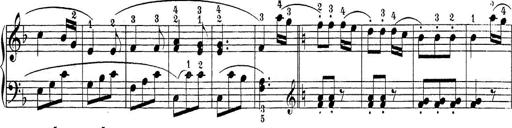
Title: Sonatina Album
Composer: Louis KÃ¶hler